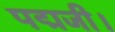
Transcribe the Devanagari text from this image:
पद्मजी।